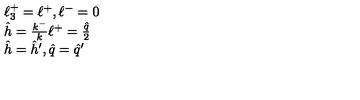
\begin{array} { l } { \ell _ { 3 } ^ { + } = \ell ^ { + } , \ell ^ { - } = 0 } \\ { \hat { h } = \frac { k ^ { - } } { k } \ell ^ { + } = \frac { \hat { q } } { 2 } } \\ { \hat { h } = \hat { h } ^ { \prime } , \hat { q } = \hat { q } ^ { \prime } } \\ \end{array}